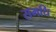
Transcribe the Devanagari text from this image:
समधि